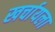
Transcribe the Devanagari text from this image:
खर्चायला